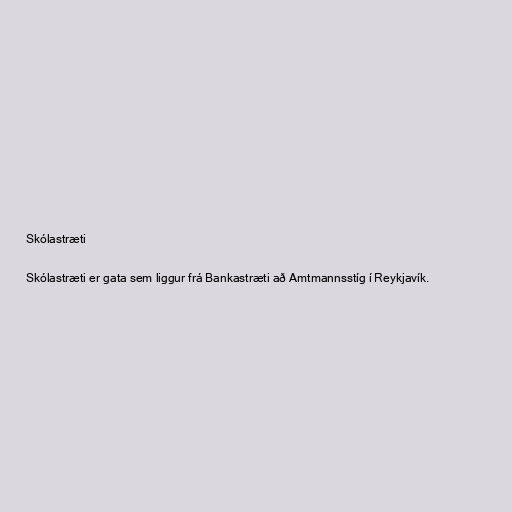
Skólastræti

Skólastræti er gata sem liggur frá Bankastræti að Amtmannsstíg í Reykjavík.